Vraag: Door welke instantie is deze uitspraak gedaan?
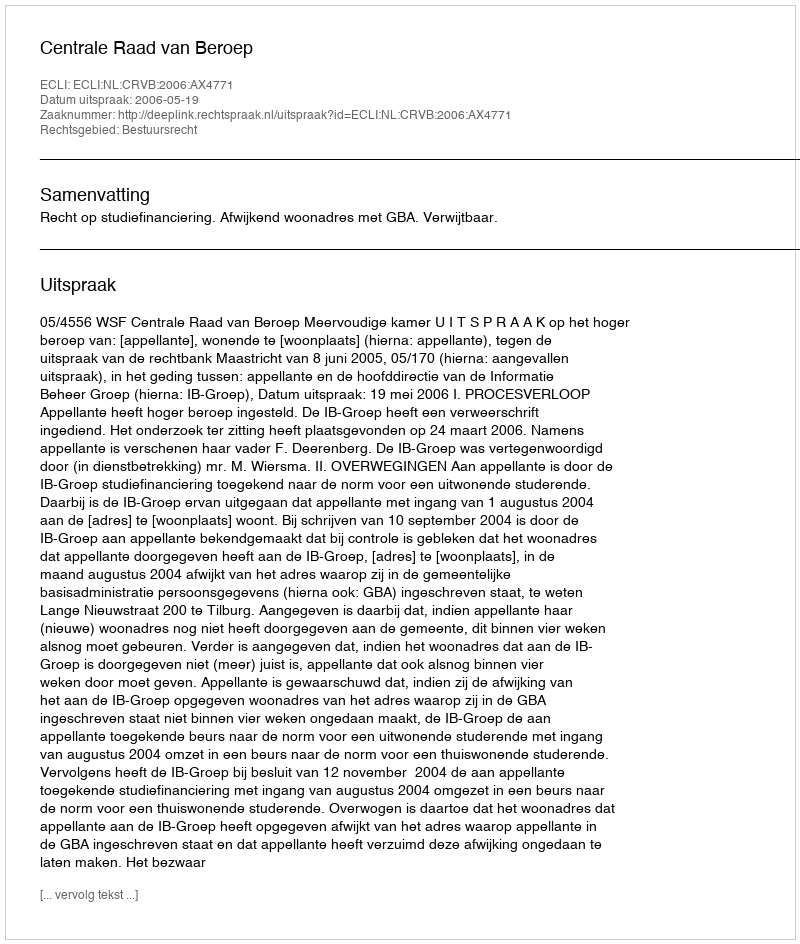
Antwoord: Centrale Raad van Beroep